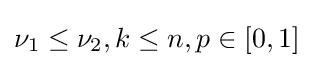
\nu _{1}\leq \nu _{2},k\leq n,p\in [0,1]